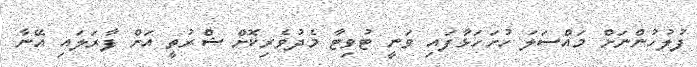
ފުލުހުންނަށް މައްސަލަ ހުށަހަޅާފައި ވަނީ ޓުވިޓާ މެދުވެރިކޮށް ޝްރުތީ އަށް ފާރަލައި އޭނާ